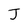
Character: J